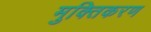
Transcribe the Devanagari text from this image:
मुक्तिकरण